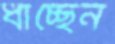
ধাচ্ছেন